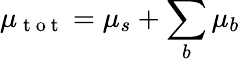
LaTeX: \mu_{\mathrm{~t~o~t~}}=\mu_{s}+\sum_{b}\mu_{b}